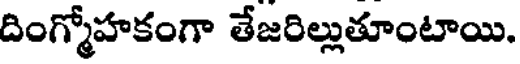
దింగ్మోహకంగా తేజరిల్లుతూంటాయి.